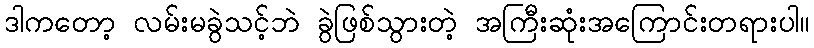
ဒါကတော့ လမ်းမခွဲသင့်ဘဲ ခွဲဖြစ်သွားတဲ့ အကြီးဆုံးအကြောင်းတရားပါ။